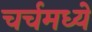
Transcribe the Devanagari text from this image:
चर्चमध्‍ये